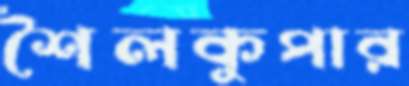
শৈলকুপার